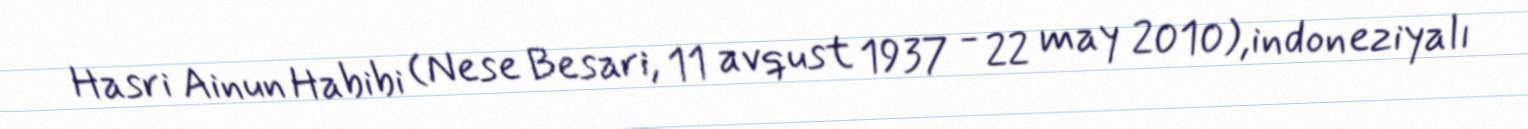
Hasri Ainun Habibi (Nese Besari, 11 avqust 1937 - 22 may 2010),indoneziyalı